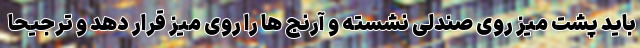
باید پشت میز روی صندلی نشسته و آرنج ها را روی میز قرار دهد و ترجیحا